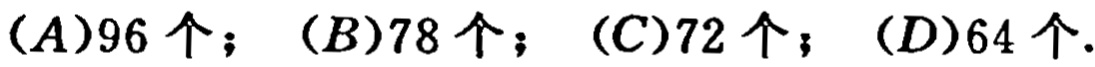
$(A)96个；(B)78个；(C)72个；(D)64个.$